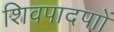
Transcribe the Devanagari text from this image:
शिवपादपाों